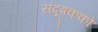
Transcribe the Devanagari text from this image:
संदूषकको